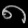
Digit: ၈